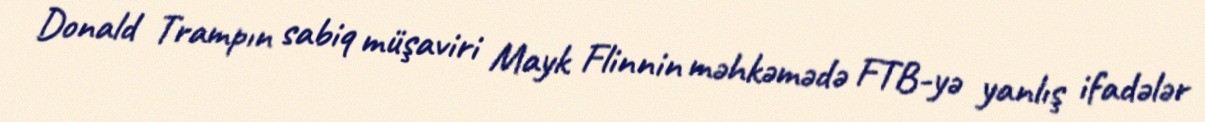
Donald Trampın sabiq müşaviri Mayk Flinnin məhkəmədə FTB-yə yanlış ifadələr